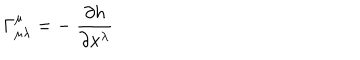
\Gamma _ { \mu \lambda } ^ { \mu } = - \ \frac { \partial h } { \partial x ^ { \lambda } }